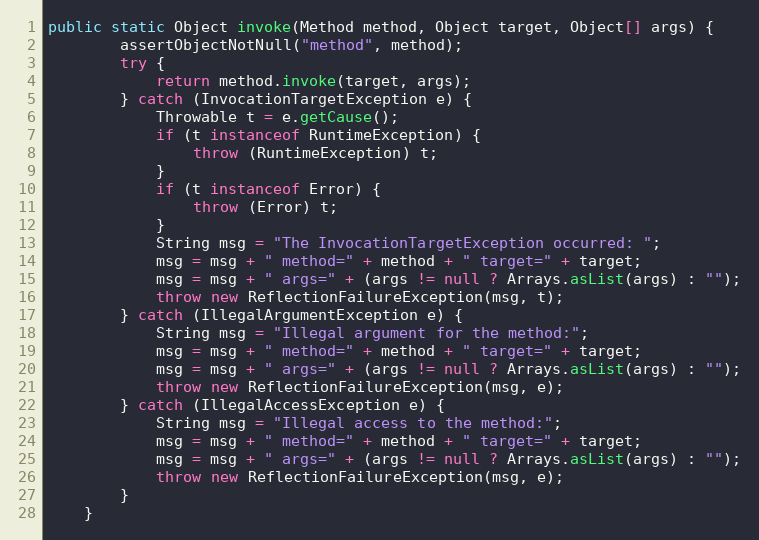
Language: Java
public static Object invoke(Method method, Object target, Object[] args) {
        assertObjectNotNull("method", method);
        try {
            return method.invoke(target, args);
        } catch (InvocationTargetException e) {
            Throwable t = e.getCause();
            if (t instanceof RuntimeException) {
                throw (RuntimeException) t;
            }
            if (t instanceof Error) {
                throw (Error) t;
            }
            String msg = "The InvocationTargetException occurred: ";
            msg = msg + " method=" + method + " target=" + target;
            msg = msg + " args=" + (args != null ? Arrays.asList(args) : "");
            throw new ReflectionFailureException(msg, t);
        } catch (IllegalArgumentException e) {
            String msg = "Illegal argument for the method:";
            msg = msg + " method=" + method + " target=" + target;
            msg = msg + " args=" + (args != null ? Arrays.asList(args) : "");
            throw new ReflectionFailureException(msg, e);
        } catch (IllegalAccessException e) {
            String msg = "Illegal access to the method:";
            msg = msg + " method=" + method + " target=" + target;
            msg = msg + " args=" + (args != null ? Arrays.asList(args) : "");
            throw new ReflectionFailureException(msg, e);
        }
    }